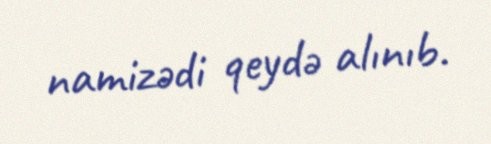
namizədi qeydə alınıb.